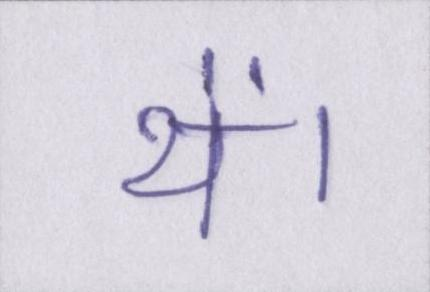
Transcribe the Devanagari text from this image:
थें।